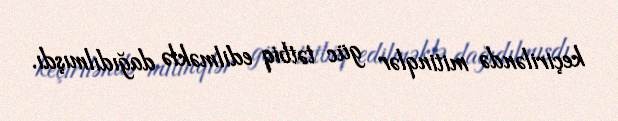
keçiriləndə mitinqlər güc tətbiq edilməklə dağıdılmışdı.